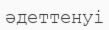
әдеттенуі